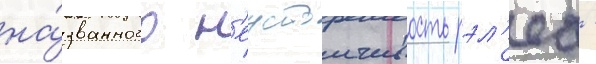
на́званного н'еустоичивость рэл'еа -